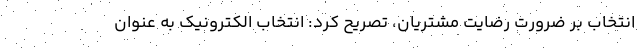
انتخاب بر ضرورت رضایت مشتریان، تصریح کرد: انتخاب الکترونیک به عنوان